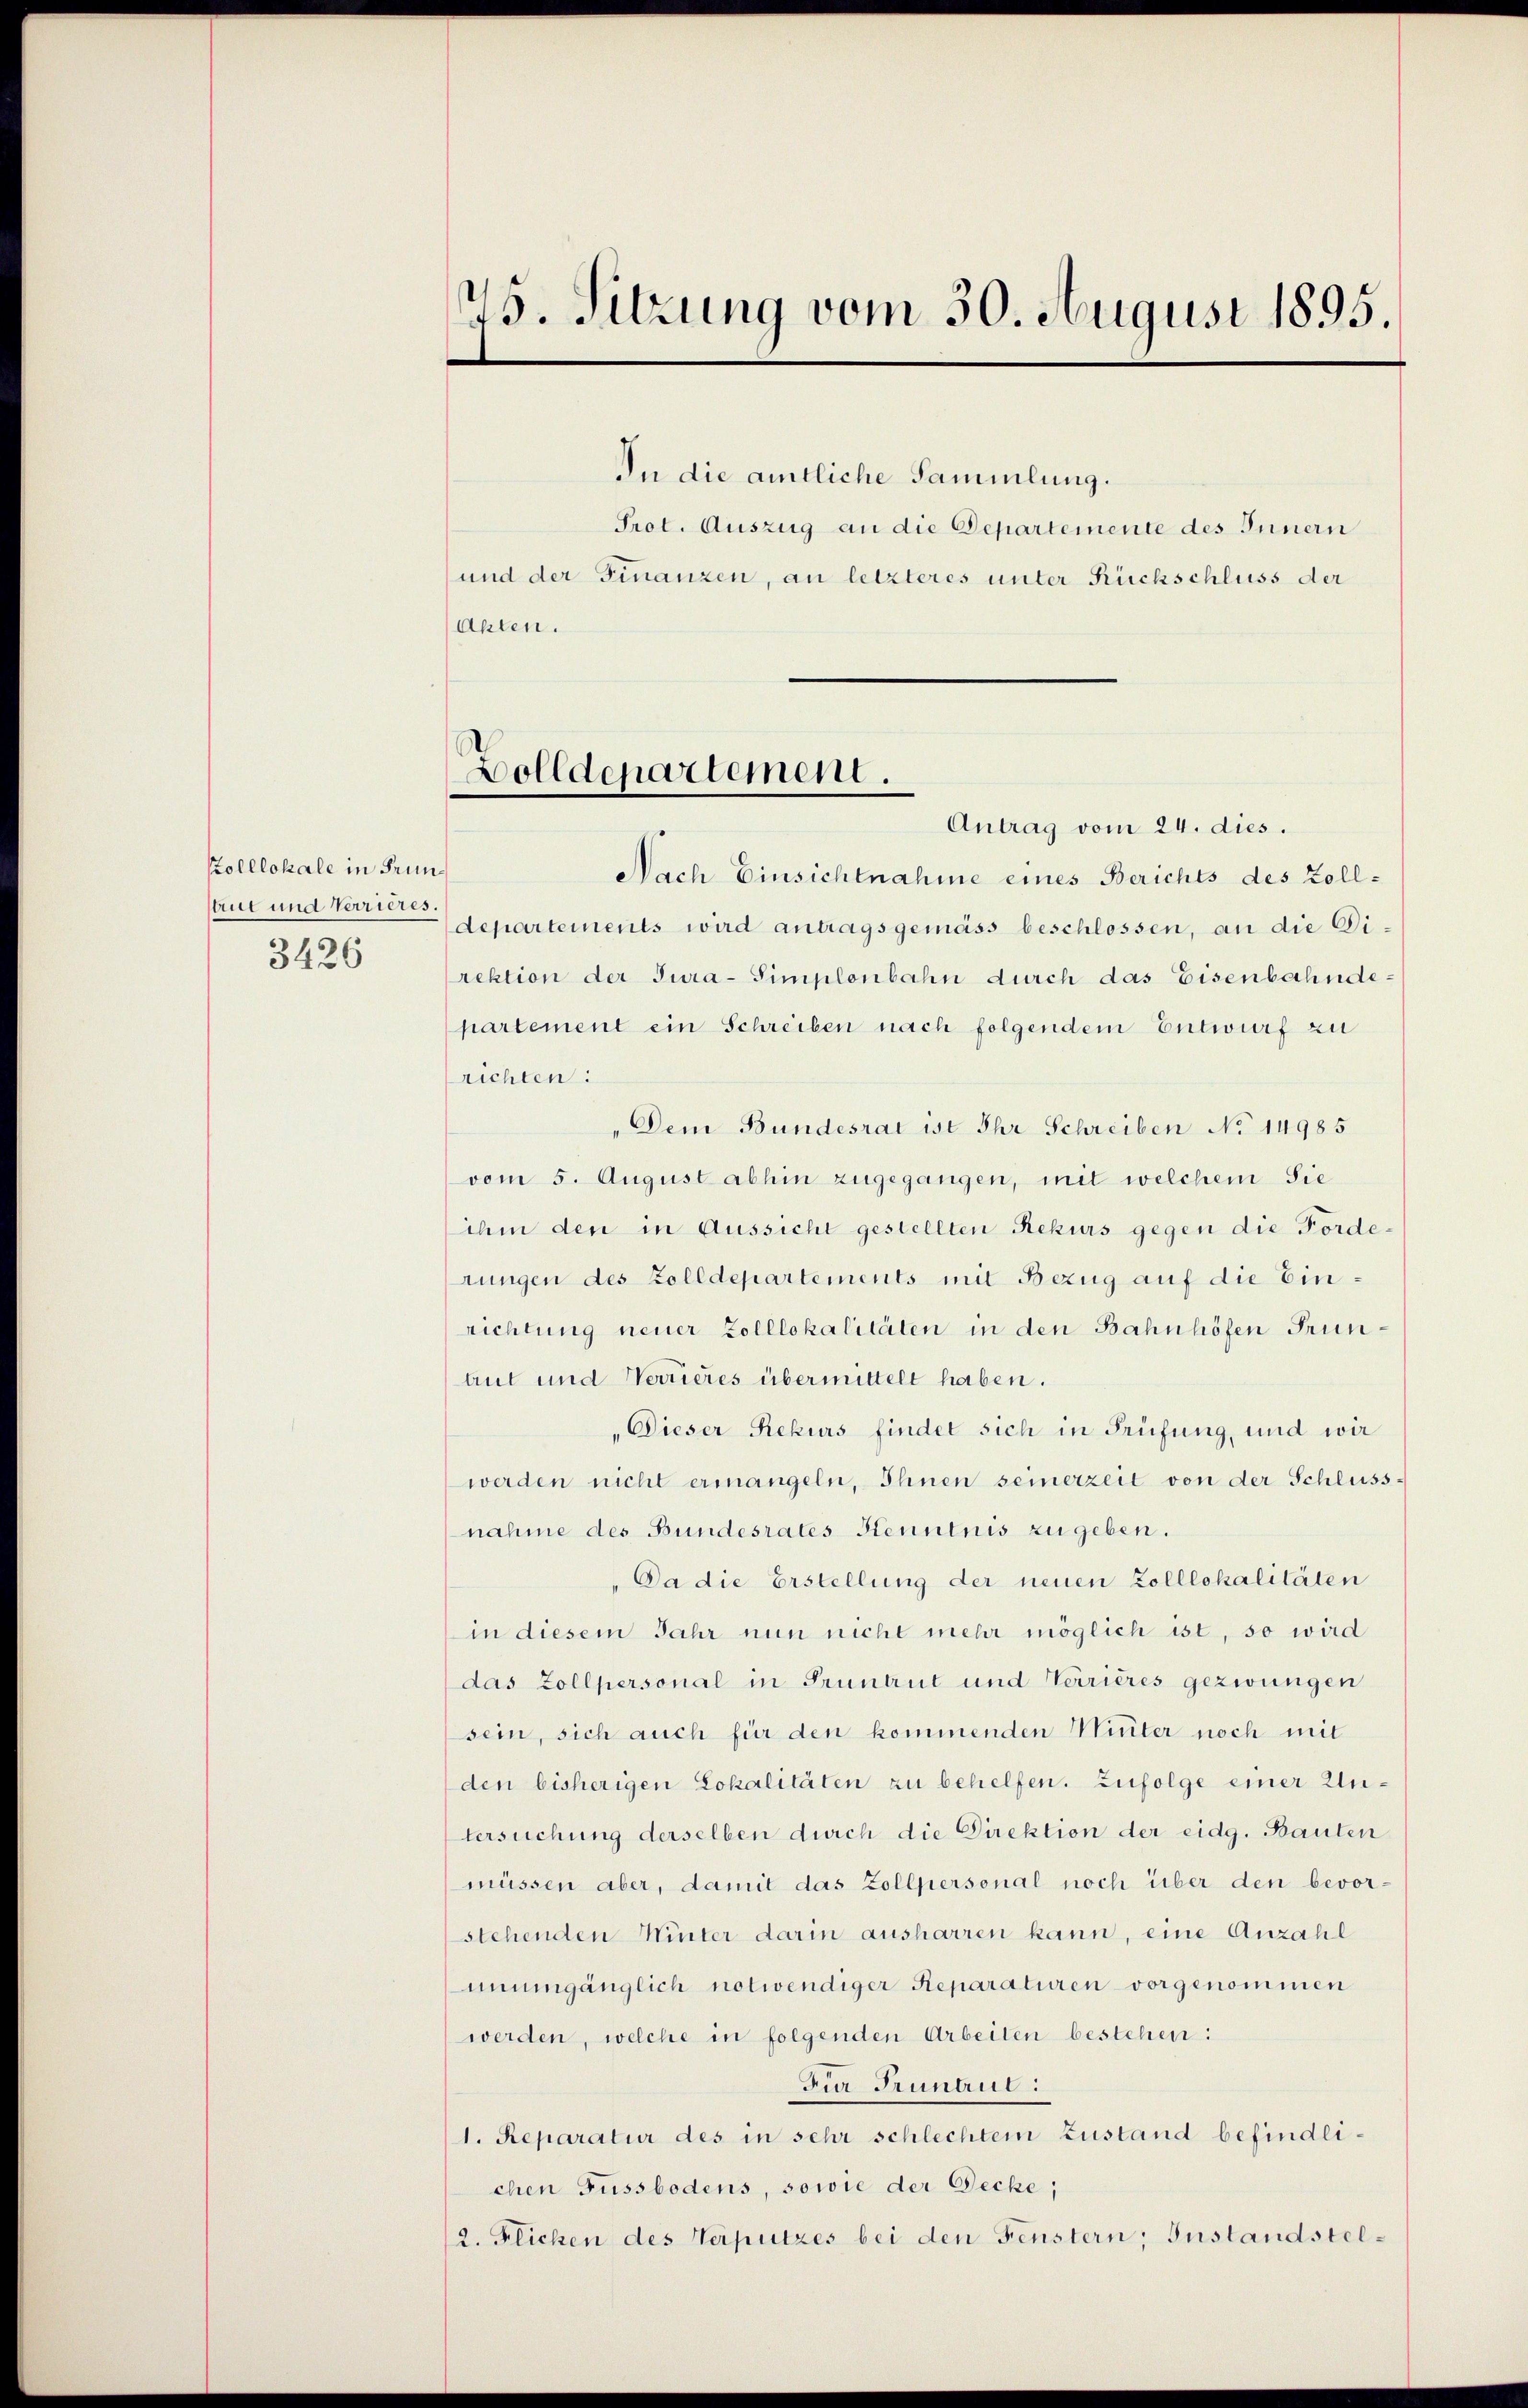
Kolllokale in Grun¬
Aut und Verrieres.
3426

75. Sitzung vom 30. August 1895

In die amtliche Sammlung.
Prot. Auszug an die Departemente des Innern
und der Finanzen, an letzteres unter Rückschluss der
Akten.

Bolldepartement.

Antrag vom 24. dies.
Nach Einsichtnahme eines Berichts des Zolldepartements wird antragsgemäss beschlossen, an die Direktion der Jura-Simplonbahn durch das Eisenbahndepartement ein Schreiben nach folgendem Entwurf zu
richten:
„Dem Bundesrat ist Ihr Schreiben No 14985
vom 5. August abhin zugegangen, mit welchem Sie
ihm den in Aussicht gestellten Rekurs gegen die Forderungen des Zolldepartements mit Bezug auf die Einrichtung neuer Zolllokalitäten in den Bahnhöfen Frun¬
Aut und Normieres übermittelt haben.
„Dieser Rekurs findet sich in Prüfung, und wir
werden nicht ermangeln, Ihnen seinerzeit von der Schluss-
nahme des Bundesrates Kenntnis zu geben.
Da die Erstellung der neuen Zolllokalitäten
in diesem Jahr nun nicht mehr möglich ist, so wird
das Zollpersonal in Pruntrut und Verrières gezwungen
sein, sich auch für den kommenden Miter noch mit
den bisherigen Lokalitäten zu behelfen. Zufolge einer Untersuchung derselben durch die Direktion der eidg. Bauten
müssen aber, damit das Zollpersonal noch über den bevor-
stehenden Winter darin ausharren kann, eine Anzahl
unumgänglich notwendiger Reparaturen vorgenommen
werden, welche in folgenden Arbeiten bestehen:
Zur Prünau:
1. Reparatur des in sehr schlechtem Zustand befindlichen Fussbodens, sowie der Decke;
2. Feichen des Verputzes bei den Fenstern, Instandstel¬